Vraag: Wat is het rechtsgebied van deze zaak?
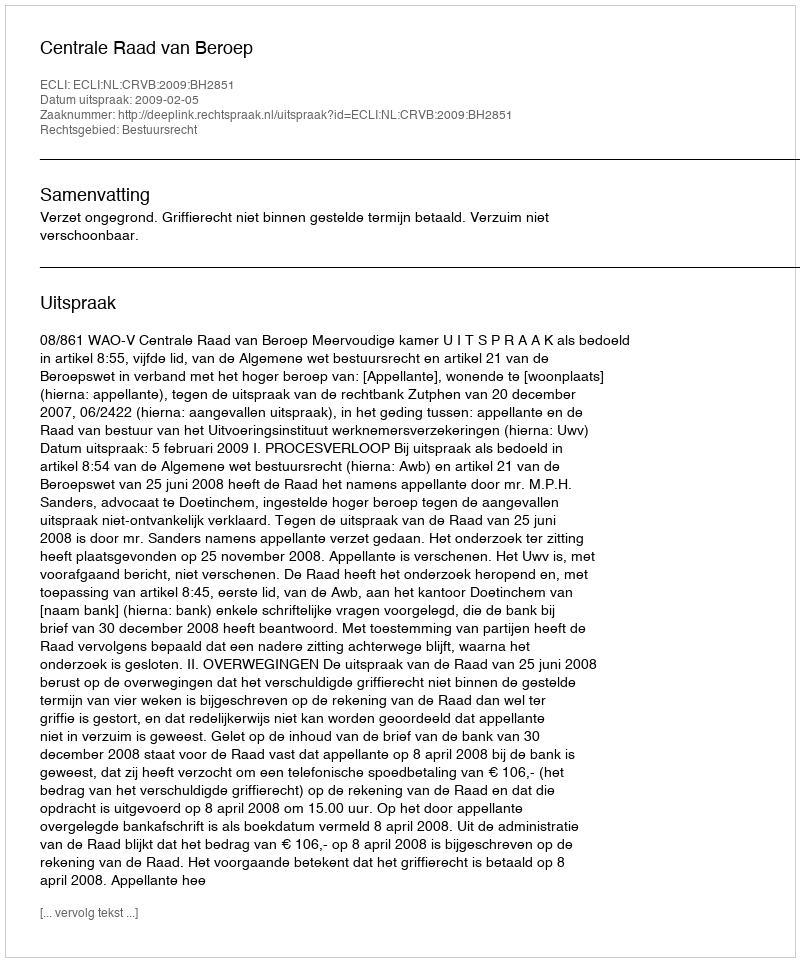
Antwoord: Bestuursrecht